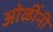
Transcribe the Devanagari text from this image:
ओळींनी